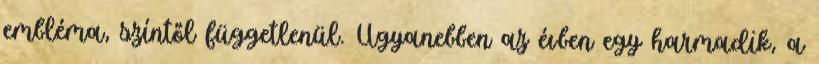
embléma, színtől függetlenül. Ugyanebben az évben egy harmadik, a